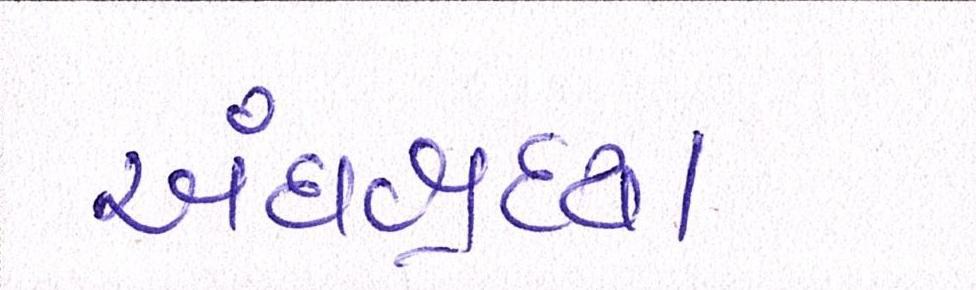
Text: અંધશ્રદ્ધા